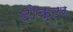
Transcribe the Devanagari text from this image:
दोक्टर